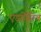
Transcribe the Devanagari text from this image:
एडहेसिव